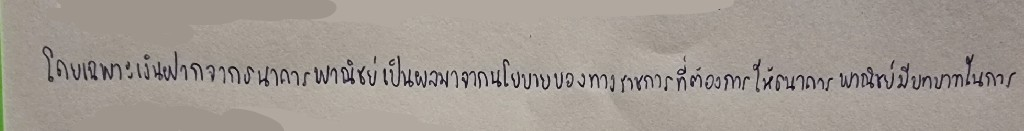
โดยเฉพาะเงินฝากจากธนาคารพาณิชย์เป็นผลมาจากนโยบายของทางราชการที่ต้องการให้ธนาคารพาณิชย์มีบทบาทในการ